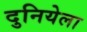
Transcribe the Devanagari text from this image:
दुनियेला